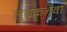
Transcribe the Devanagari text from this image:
लुढ़कनेवा